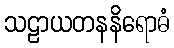
သဠာယတနနိရောဓံ